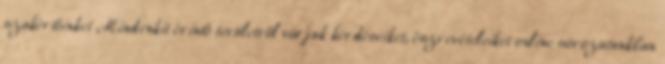
szakértőinket Mindenkit érintő területről várjuk kérdéseiket, észrevételeiket online sorozatunkban